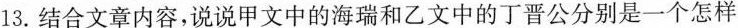
13. 结合文章内容，说说甲文中的海瑞和乙文中的丁晋公分别是一个怎样